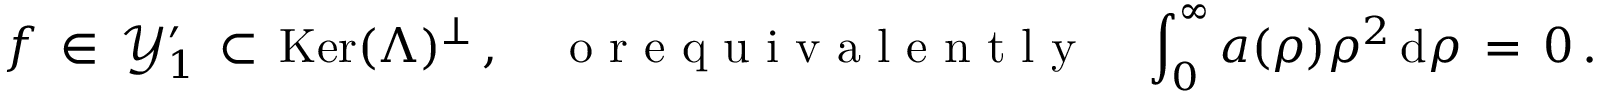
f \, \in \, \mathcal { Y } _ { 1 } ^ { \prime } \, \subset \, \mathop { \mathrm { K e r } } ( \Lambda ) ^ { \perp } \, , \quad \mathrm { ~ o ~ r ~ e ~ q ~ u ~ i ~ v ~ a ~ l ~ e ~ n ~ t ~ l ~ y ~ } \quad \int _ { 0 } ^ { \infty } a ( \rho ) \rho ^ { 2 } \, \mathrm { d } \rho \, = \, 0 \, .